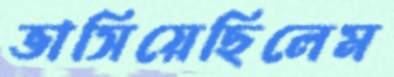
ভাসিয়েছিলেম